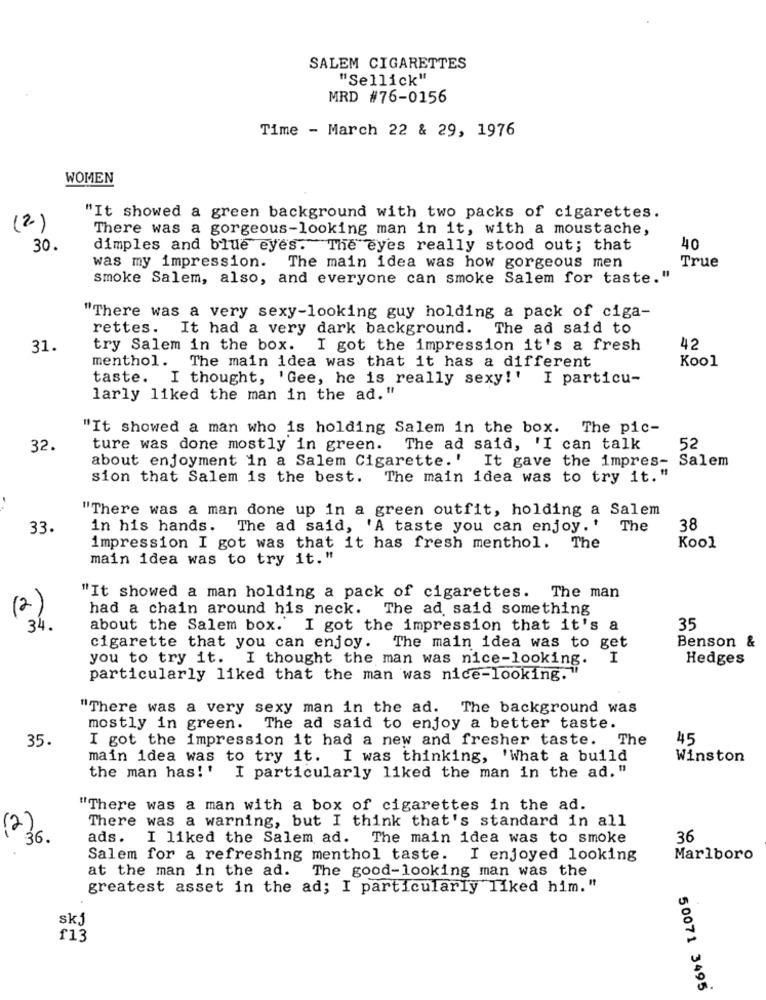
SALEM CIGARETTES
"Sellick"
MRD #76-0156
Time - March 22 & 29, 1976
WOMEN
"It showed a green background with two packs of cigarettes.
(2)
There was a gorgeous-looking man in it, with a moustache,
30.
dimples and blue eyes. The eyes really stood out; that
40
was my impression. The main idea was how gorgeous men
True
smoke Salem, also, and everyone can smoke Salem for taste."
"There was a very sexy-looking guy holding a pack of ciga-
rettes. It had a very dark background. The ad said to
31.
try Salem in the box.
I got the impression it's a fresh
42
menthol. The main idea was that it has a different
Kool
taste. I thought, 'Gee, he is really sexy!' I particu-
larly liked the man in the ad."
"It showed a man who is holding Salem in the box. The pic-
32.
ture was done mostly in green.
The ad said, 'I can talk
52
about enjoyment in a Salem Cigarette.' It gave the impres-
Salem
sion that Salem is the best.
The main idea was to try it."
"There was a man done up in a green outfit, holding a Salem
33.
in his hands. The ad said, 'A taste you can enjoy. '
The
38
impression I got was that it has fresh menthol. The
Kool
main idea was to try it."
"It showed a man holding a pack of cigarettes. The man
(2)
had a chain around his neck. The ad said something
34.
about the Salem box. I got the impression that it's a
35
Benson &
cigarette that you can enjoy. The main idea was to get
you to try it. I thought the man was nice-looking.
Hedges
particularly liked that the man was nice-looking.
"There was a very sexy man in the ad. The background was
mostly in green.
The ad said to enjoy a better taste.
35.
I got the impression it had a new and fresher taste.
The
45
main idea was to try it. I was thinking, 'What a build
Winston
the man has! '
I particularly liked the man in the ad."
"There was a man with a box of cigarettes in the ad.
There was a warning, but I think that's standard in all
(2)
36.
ads. I liked the Salem ad. The main idea was to smoke
36
Salem for a refreshing menthol taste. I enjoyed looking
Marlboro
at the man in the ad. The good-looking man was the
greatest asset in the ad; I particularly liked him."
skj
f13
50071 3495